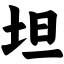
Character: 坦